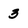
Character: 3